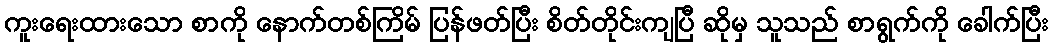
ကူးရေးထားသော စာကို နောက်တစ်ကြိမ် ပြန်ဖတ်ပြီး စိတ်တိုင်းကျပြီ ဆိုမှ သူသည် စာရွက်ကို ခေါက်ပြီး